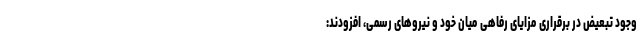
وجود تبعیض در برقراری مزایای رفاهی میان خود و نیروهای رسمی، افزودند: